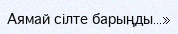
Аямай сілте барыңды...»